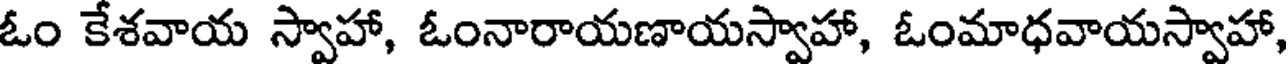
ఓం కేశవాయ స్వాహా, ఓంనారాయణాయస్వాహా, ఓంమాధవాయస్వాహా,